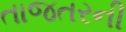
તાજતરની